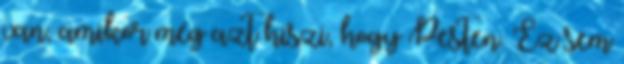
van, amikor még azt hiszi, hogy Pesten. Ez sem